Vaccine operations Central Provinces 1900-1911 - 1900-1911
Year: 1900
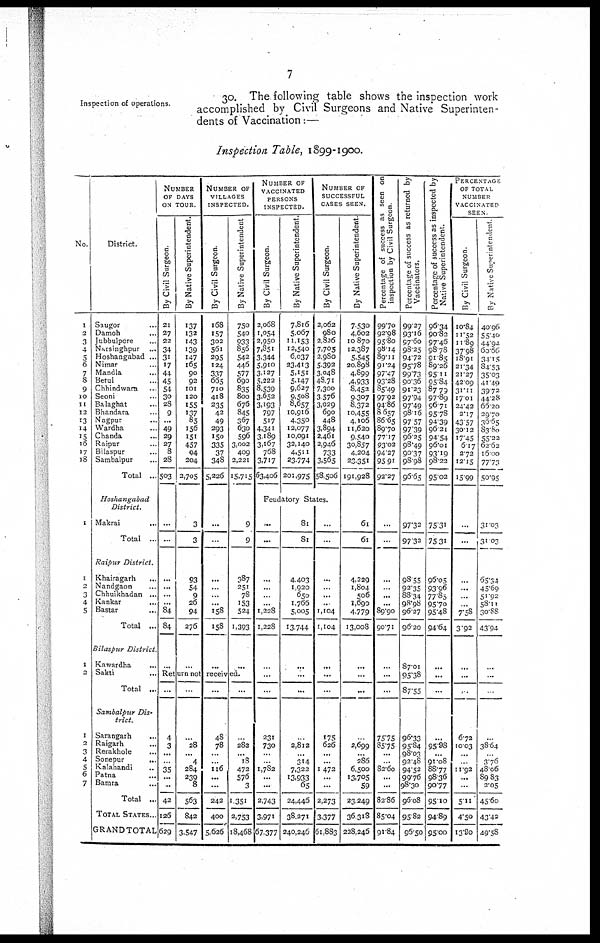
7
Inspection of operations
30. The following table shows the inspection work
accomplished by Civil Surgeons and Native Superinten-
dents of Vaccination:—
Inspection Table, 1899-1900.
No.
1
2
3
4
5
6
7
8
9
10
11
12
13
14
15
16
17
18
1
1
2
3
4
5
1
2
1
2
3
4
5
6
7
District.
Saugor...
Damoh...
Jubbulpore..
Narsinghpur...
Hoshangabad ...
Nimar...
Mandla...
Betul...
Chhindwara...
Seoni...
Balaghat...
Bhandara...
Nagpur...
Wardha...
Chanda...
Raipur...
Bilaspur...
Sambalpur...
Total ..
Hoshangabad
District.
Makrai...
Total ...
Raipur
District.
Khairagarh...
Nandgaon...
Chhuikhadan...
Kankar...
Bastar...
Total ...
Bilaspur
District
Kawardha...
Sakti...
Total ..
Sambalpur
Dis-
trict.
Sarangarh...
Raigarh...
Rerakhole...
Sonepur
...
Kalahandi...
Patna...
Bamra...
Total ..
TOTAL STATES..
GRAND TOTAL
NUMBER
OF DAYS
ON TOUR
By Civil Surgeon.
21
27
22
34
31
17
44
45
54
30
28
9
...
49
29
27
8
28
503
...
...
...
...
...
...
84
84
...
By Native Superintendent.
137
132
143
139
147
165
90
92
101
120
155
137
85
156
151
457
04
204
2,705
3
3
93
54
9
26
94
276
...
NUMBER OF
VILLAGES
INSPECTED.
By Civil Surgeon.
168
157
302
561
295
124
337
665
710
418
235
42
49
293
150
335
37
348
5,226
...
...
...
...
...
...
158
158
...
By Native Superintendent
750
540
933
856
542
446
577
690
835
800
676
845
367
630
596
3,002
409
2,221
15,715
9
9
387
251
78
153
524
1,393
...
Return not received.
...
4
3
...
...
35
...
...
42
126
629
...
...
28
...
4
284
239
8
563
842
3,547
...
48
78
...
...
116
...
...
242
400
5,626
...
...
282
...
18
472
576
3
1,351
2,753
18,468
NUMBER OF
VACCINATED
PERSONS
INSPECTED.
By Civil Surgeon.
2,068
1,054
2,950
7,851
3,344
5,910
3,127
5,222
8,539
3,652
3,193
797
517
4,341
3,189
3,167
768
3,717
63,406
By Native Superintendent.
7,816
5,067
11,153
12,540
6,037
23,413
5,151
5,147
9,627
9,508
8,657
10,916
4,350
12,077
10,091
32,140
4,511
23,774
201,975
NUMBER OF
SUCCESSFUL
CASES SEEN.
By Civil Surgeon.
2,062
980
2,826
7,705
2,980
5,392
3,048
43.71
7,300
3,576
3,029
690
448
3,894
2,461
2,946
733
3,565
58,506
Feudatory States.
...
...
...
...
..
...
1,228
1,228
...
...
...
231
730
...
...
1,782
...
...
2,743
3,971
67,377
81
81
4,403
1,920
650
1,766
5,005
13,744
...
...
...
...
2,812
...
314
7,322
13,933
65
24,446
38,271
240,246
...
...
...
...
...
...
1,104
1,104
...
...
...
175
626
...
...
1,472
...
...
2,273
3,377
61,883
By Native Superintendent
7,530
4,602
10,870
12,387
5,545
20,898
4,899
4,933
8,452
9,307
8,372
10,455
4,106
11,620
9,540
30,857
4,204
23,351
191,928
61
61
4,229
1,804
506
1,690
4,779
13,008
...
...
...
..
2,699
...
286
6,500
13,705
59
23,249
36,318
228,246
Percentage of success as seen on
inspection by Civil Surgeon
99.70
92.98
95.80
98.14
89.11
91.24
97.47
93.28
85.49
97.92
94.86
86.57
86.65
89.70
77.17
93.02
94.27
95.91
92.27
...
...
...
...
...
...
89.90
90.71
...
...
...
75.75
85.75
...
...
82.60
...
...
82.86
85.04
91.84
Percentage of success as returned by
Vaccinators.
99.27
93.16
97.60
98.25
94.72
95.78
99.73
90.36
91.23
97.94
97.49
98.16
97.57
97.39
96.25
98.49
90.37
98.98
96.65
97.32
97.32
98.55
92.35
88.34
98.98
96.27
96.20
87.01
95.38
87.55
96.33
95.84
98.03
92.48
94.52
99.76
98.30
96.08
95.82
96.50
Percentage of success as inspected by
Native Superintendent.
96.34
90.82
97.46
98.78
91.85
89.26
95.11
95.84
87.79
97.89
96.71
95.78
94.39
96.21
94.54
96.01
93.19
98.22
95.02
75.31
75.31
96.05
93.96
77.85
95.70
95.48
94.64
...
...
...
...
95.98
...
91.08
88.77
98.36
90.77
95.10
94.89
95.00
PERCENTAGE
OF TOTAL
NUMBER
VACCINATED
SEEN
By Civil Surgeon
10.84
11.52
11.89
37.98
18.91
21.34
21.27
42.09
31.11
17.01
24.42
2.17
43.57
30.12
17.45
6.17
2.72
12.15
15.99
...
...
...
...
...
...
7.58
3.92
...
...
...
6.72
10.03
...
...
11.92
...
...
5.11
4.50
13.90
By Native Superintendent
40.96
55.40
44.94
60.66
34.15
84.53
35.03
41.49
39.72
44.28
66.20
29.70
36.65
83.80
55.22
62.62
16.00
77.73
50.95
31.03
31.03
65.34
45.69
51.92
58.11
30.88
43.94
...
...
...
...
38.64
...
3.76
48.06
89.83
2.05
45.60
43.42
49.58